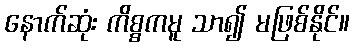
နောက်ဆုံး ကိစ္စကမူ သာ၍ မဖြစ်နိုင်။